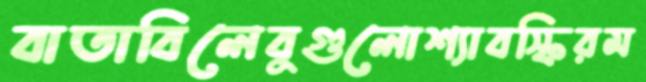
বাতাবিলেবুগুলোশ্যাবস্কিরম